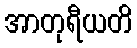
အာတုရီယတိ